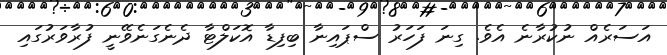
އަސަރެއް ނުކުރާނެ އެވެ. ގިނަ ފަހަރު ސްޕައިނާ ބިފިޑާ އޮކަލްޓާ ދެނެގަނެވޭނީ ފުރާވަރުގައި